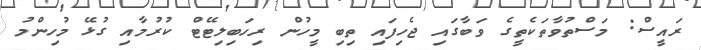
ރައީސް: މަސްތުވާތަކެތީގެ ވަބާގައި ޖެހިފައި ތިބި މީހުން ރިހަބިލިޓޭޓް ކުރުމާއި ގުޅޭ މުހިންމު